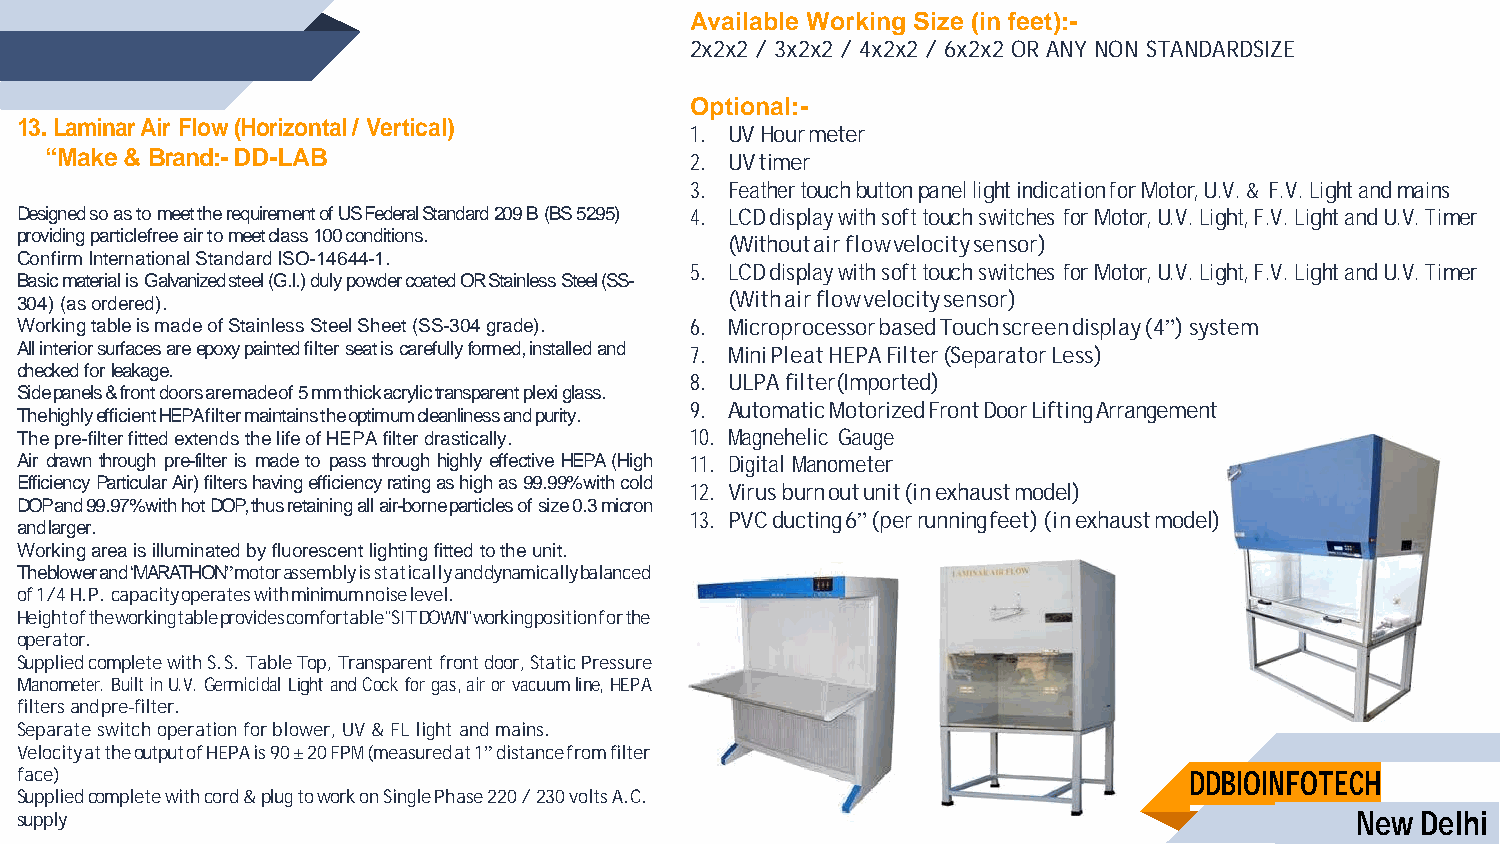
Available Working Size (in feet):-
 2x2x2 / 3x2x2 / 4x2x2 / 6x2x2 OR ANY NON STANDARDSIZE
 Optional:-
 13. Laminar Air Flow (Horizontal / Vertical)
 1. UV Hour meter
 “Make & Brand:- DD-LAB                     2. UV timer
 3. Feather touch button panel light indication for Motor, U.V. & F.V. Light and mains
 Designed so as to meet the requirement of US Federal Standard 209 B (BS 5295) 4. LCD display with soft touch switches for Motor, U.V. Light, F.V. Light and U.V. Timer
 providing particlefree air to meet class 100 conditions.
 (Without air flow velocity sensor)
 Confirm International Standard ISO-14644-1.
 5. LCD display with soft touch switches for Motor, U.V. Light, F.V. Light and U.V. Timer
 Basic material is Galvanized steel (G.I.) duly powder coated OR Stainless Steel (SS-
 304) (as ordered).                             (With air flow velocity sensor)
 Working table is made of Stainless Steel Sheet (SS-304 grade). 6. Microprocessor based Touch screen display (4”) system
 All interior surfaces are epoxy painted filter seat is carefully formed, installed and 7. Mini Pleat HEPA Filter (Separator Less)
 checked for leakage.
 8. ULPA filter (Imported)
 Side panels & front doors are made of 5 mm thick acrylic transparent plexi glass.
 9. Automatic Motorized Front Door Lifting Arrangement
 The highly efficient HEPA filter maintains the optimum cleanliness and purity.
 The pre-filter fitted extends the life of HEPA filter drastically. 10. Magnehelic Gauge
 Air drawn through pre-filter is made to pass through highly effective HEPA (High 11. Digital Manometer
 Efficiency Particular Air) filters having efficiency rating as high as 99.99%with cold
 12. Virus burn out unit (in exhaust model)
 DOP and 99.97%with hot DOP, thus retaining all air-borne particles of size 0.3 micron
 13. PVC ducting 6” (per running feet) (in exhaust model)
 and larger.
 Working area is illuminated by fluorescent lighting fitted to the unit.
 The blower and “MARATHON” motor assembly is statically and dynamically balanced
 of 1/4 H.P. capacity operates with minimum noise level.
 Height of the working table provides comfortable "SIT DOWN" working position for the
 operator.
 Supplied complete with S.S. Table Top, Transparent front door, Static Pressure
 Manometer. Built in U.V. Germicidal Light and Cock for gas, air or vacuum line, HEPA
 filters and pre-filter.
 Separate switch operation for blower, UV & FL light and mains.
 Velocity at the output of HEPA is 90 ± 20 FPM (measured at 1” distance from filter
 face)                                                                         DDBIOINFOTECH
 Supplied complete with cord & plug to work on Single Phase 220 / 230 volts A.C.
 supply                                                                                   New Delhi